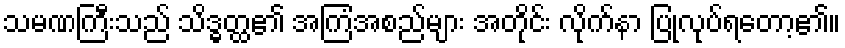
သမဏကြီးသည် သိဒ္ဓတ္ထ၏ အကြံအစည်များ အတိုင်း လိုက်နာ ပြုလုပ်ရတော့၏။